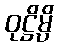
ဝုဋ္ဌိမ္ပိ